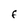
Character: f